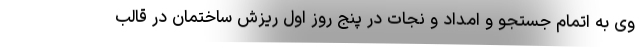
وی به اتمام جستجو و امداد و نجات در پنج روز اول ریزش ساختمان در قالب